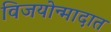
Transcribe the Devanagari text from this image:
विजयोन्मादात